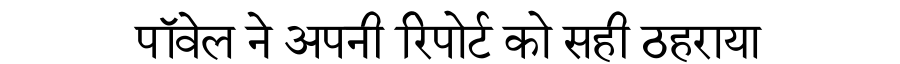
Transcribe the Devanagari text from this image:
पॉवेल ने अपनी रिपोर्ट को सही ठहराया